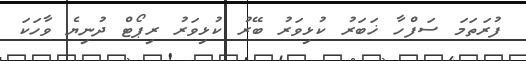
ފުރަތަމަ ސަފްހާ ޚަބަރު ކުޅިވަރު ބޭރު ކުޅިވަރު ރިޕޯޓް ދުނިޔެ ވާހަކަ